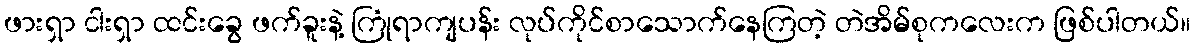
ဖားရှာ ငါးရှာ ထင်းခွေ ဖက်ခူးနဲ့ ကြုံရာကျပန်း လုပ်ကိုင်စာသောက်နေကြတဲ့ တဲအိမ်စုကလေးက ဖြစ်ပါတယ်။